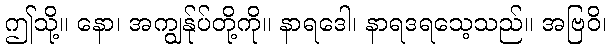
ဤသို့။ နော၊ အကျွန်ုပ်တို့ကို။ နာရဒေါ၊ နာရဒရသေ့သည်။ အဗြဝိ၊